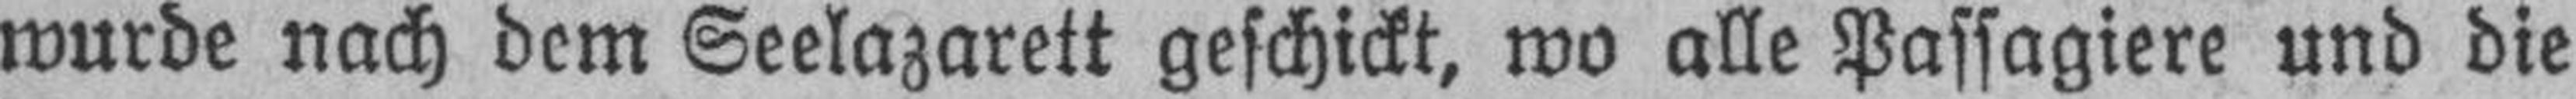
wurde nach dem Seelazarett geschickt, wo alle Passagiere und die